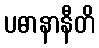
ပဓာနာနီတိ